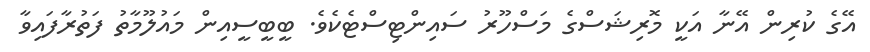
އޭގެ ކުރިން އޭނާ އަކީ މޮރިޝަސްގެ މަސްހޫރު ސައިންޓިސްޓެކެވެ. ބީބީސީއިން މައުލޫމާތު ފަތުރާފައިވާ